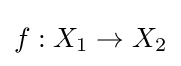
f:X_{1}\rightarrow X_{2}